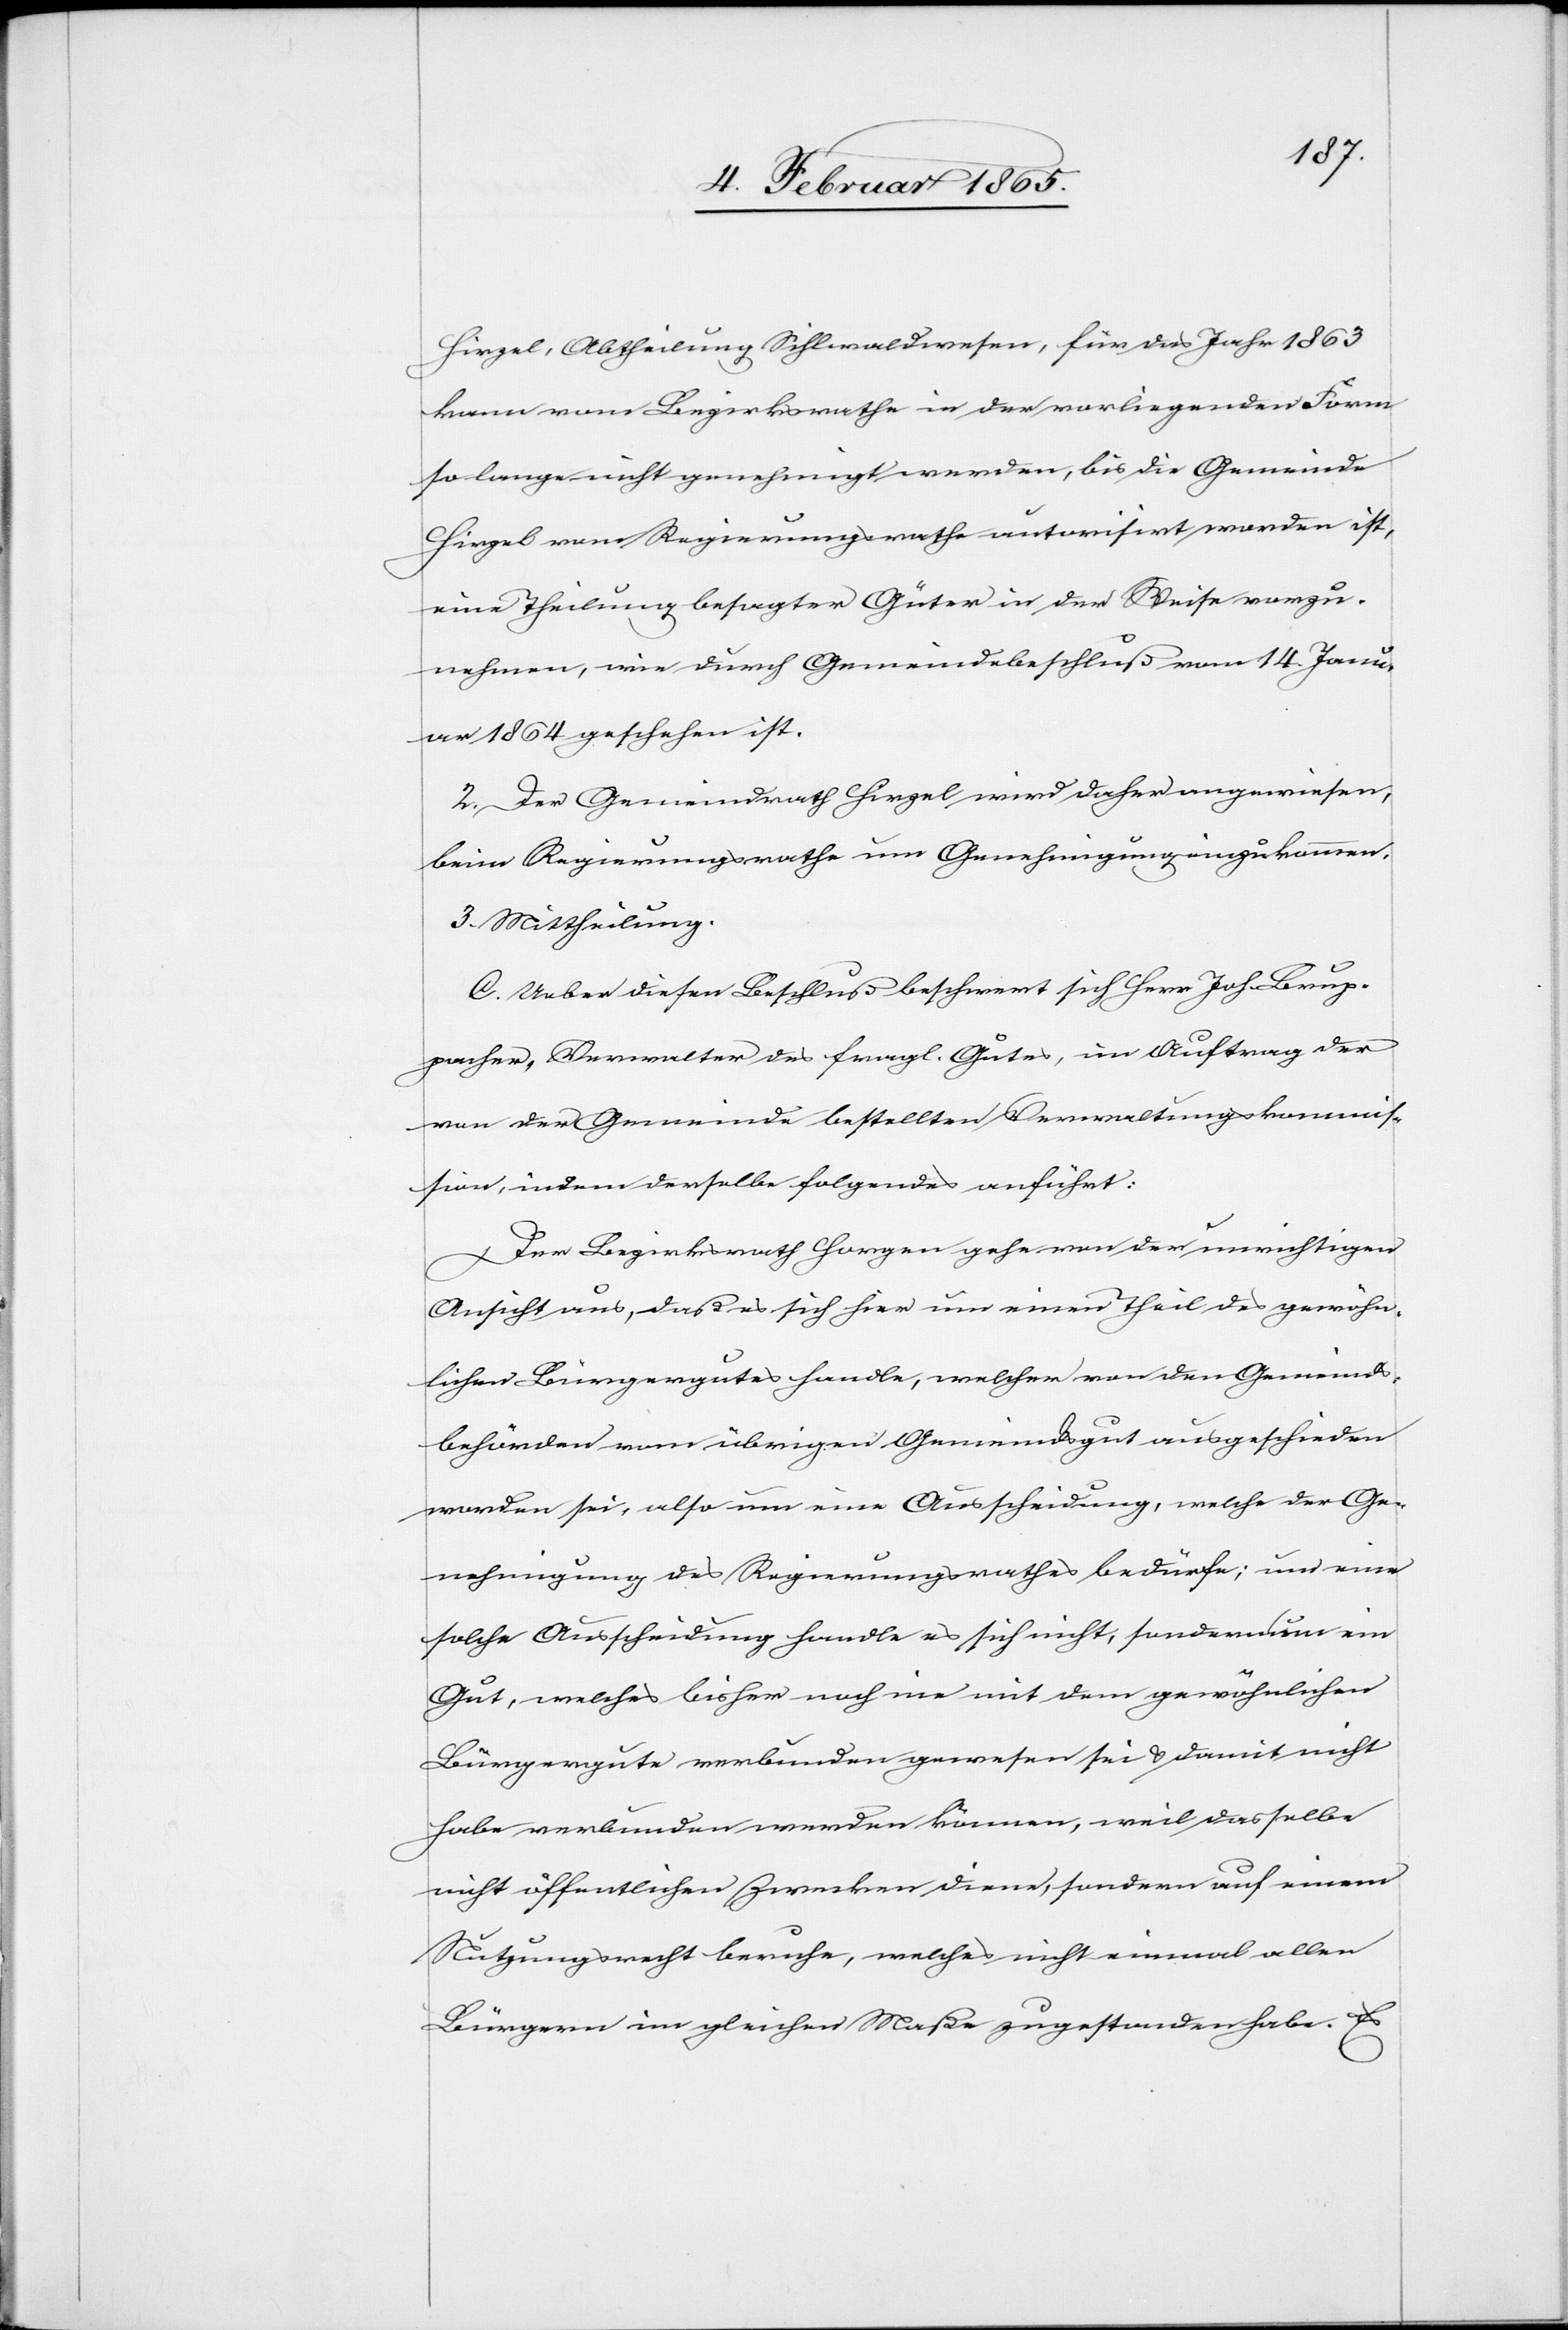
Hirzel, Abtheilung Sihlwaldwesen, für das Jahr 1863
kann vom Bezirksrathe in der vorliegenden Form
so lange nicht genehmigt werden, bis die Gemeinde
Hirzel vom Regierungsrathe autorisirt worden ist,
eine Theilung besagter Güter in der Weise vorzu¬
nehmen, wie durch Gemeindebeschluß vom 14. Janu¬
ar 1864 geschehen ist.
2. Der Gemeindrath Hirzel wird daher angewiesen,
beim Regierungsrathe um Genehmigung einzukommen.
3. Mittheilung.
C. Ueber diesen Beschluß beschwert sich Herr Joh. Brup¬
pacher, Verwalter des fragl. Gutes, im Auftrag der
von der Gemeinde bestellten Verwaltungskommis¬
sion, indem derselbe folgendes anführt:
Der Bezirksrath Horgen gehe von der unrichtigen
Ansicht aus, daß es sich hier um einen Theil des gewöhn¬
lichen Bürgergutes handle, welcher von den Gemeinds¬
behörden vom übrigen Gemeindsgut ausgeschieden
worden sei, also um eine Ausscheidung, welche der Ge¬
nehmigung des Regierungsrathes bedürfe; um eine
solche Ausscheidung handle es sich nicht, sondern um ein
Gut, welches bisher noch nie mit dem gewöhnlichen
Bürgergute verbunden gewesen sei u. damit nicht
habe verbunden werden können, weil dasselbe
nicht öffentlichen Zwecken diene, sondern auf einem
Nutzungsrecht beruhe, welches nicht einmal allen
Bürgern im gleichen Maße zugestanden habe. Es